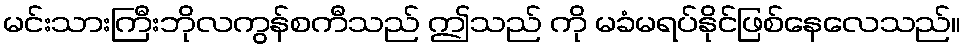
မင်းသားကြီးဘိုလကွန်စကီသည် ဤသည် ကို မခံမရပ်နိုင်ဖြစ်နေလေသည်။